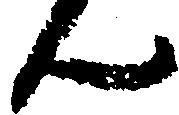
ん